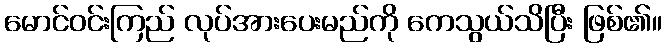
မောင်ဝင်းကြည် လုပ်အားပေးမည်ကို ကေသွယ်သိပြီး ဖြစ်၏။